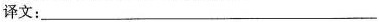
译文：___